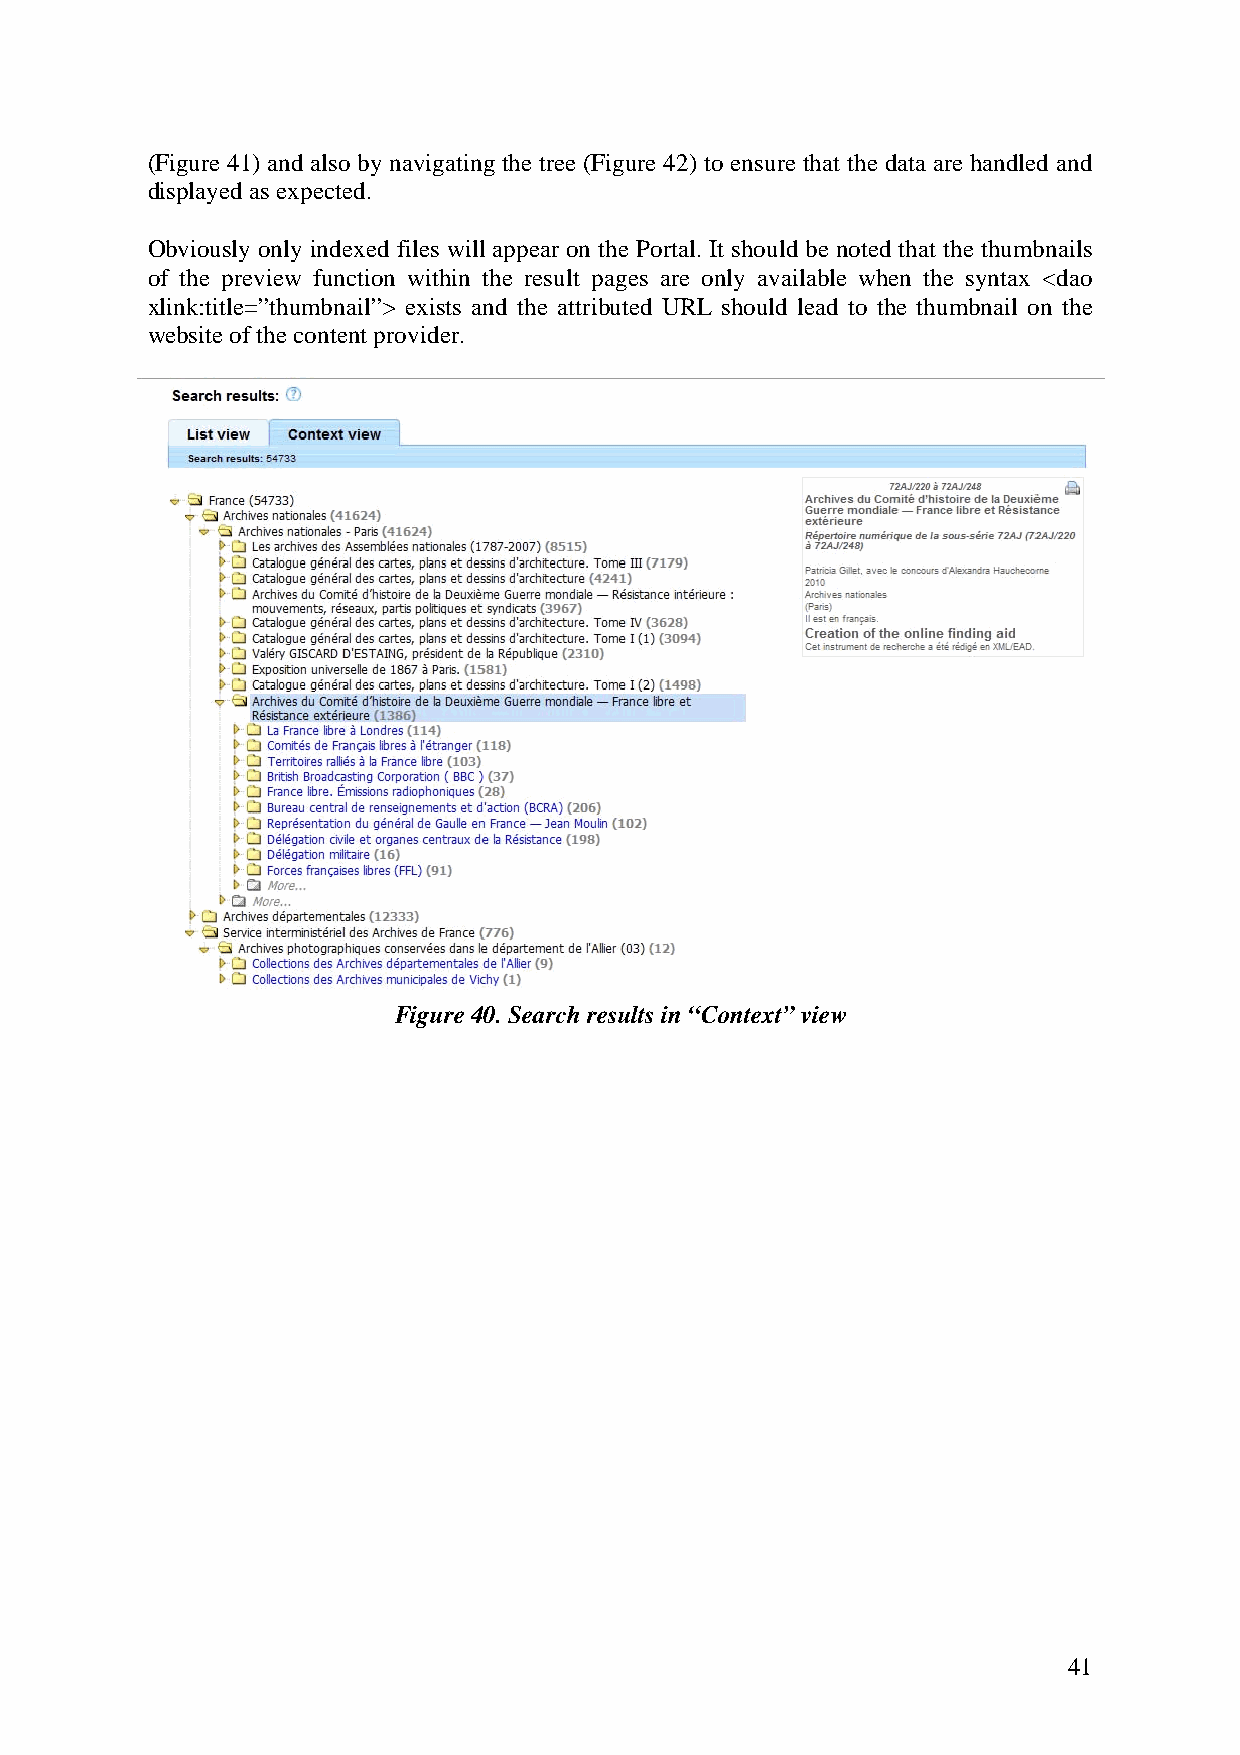
(Figure 41) and also by navigating the tree (Figure 42) to ensure that the data are handled and
 displayed as expected.
 Obviously only indexed files will appear on the Portal. It should be noted that the thumbnails
 of the preview function within the result pages are only available when the syntax <dao
 xlink:title=”thumbnail”> exists and the attributed URL should lead to the thumbnail on the
 website of the content provider.
 Figure 40. Search results in “Context” view
 41